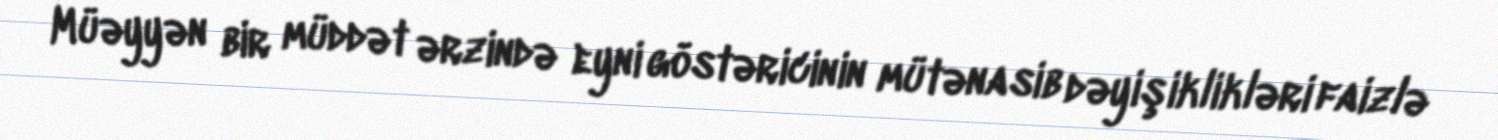
Müəyyən bir müddət ərzində eyni göstəricinin mütənasib dəyişiklikləri faizlə